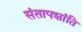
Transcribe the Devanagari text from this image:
संतापशांति